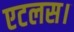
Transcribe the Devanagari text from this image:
एटलस।